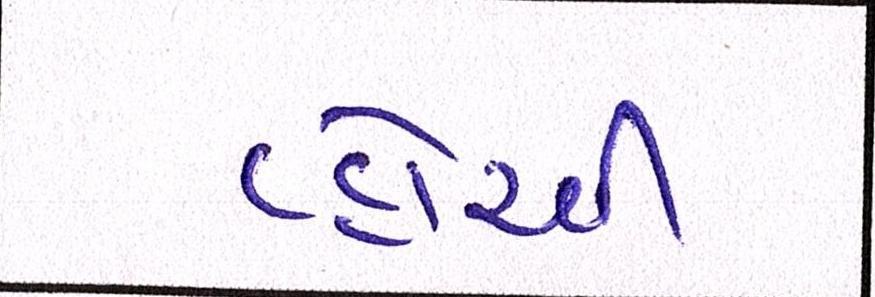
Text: વ્હોરવી